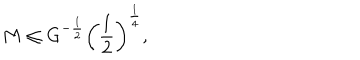
M \leq G ^ { - { \frac { 1 } { 2 } } } \left( { \frac { 1 } { 2 } } \right) ^ { \frac { 1 } { 4 } } ,